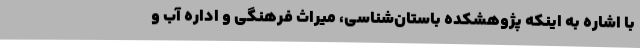
با اشاره به اینکه پژوهشکده باستان‌شناسی، میراث فرهنگی و اداره آب و